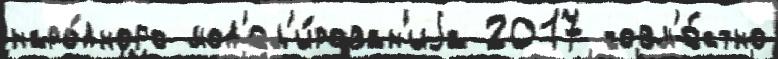
наро́дного мод'ел'и́рован'иjа 2017 совм'е́стно